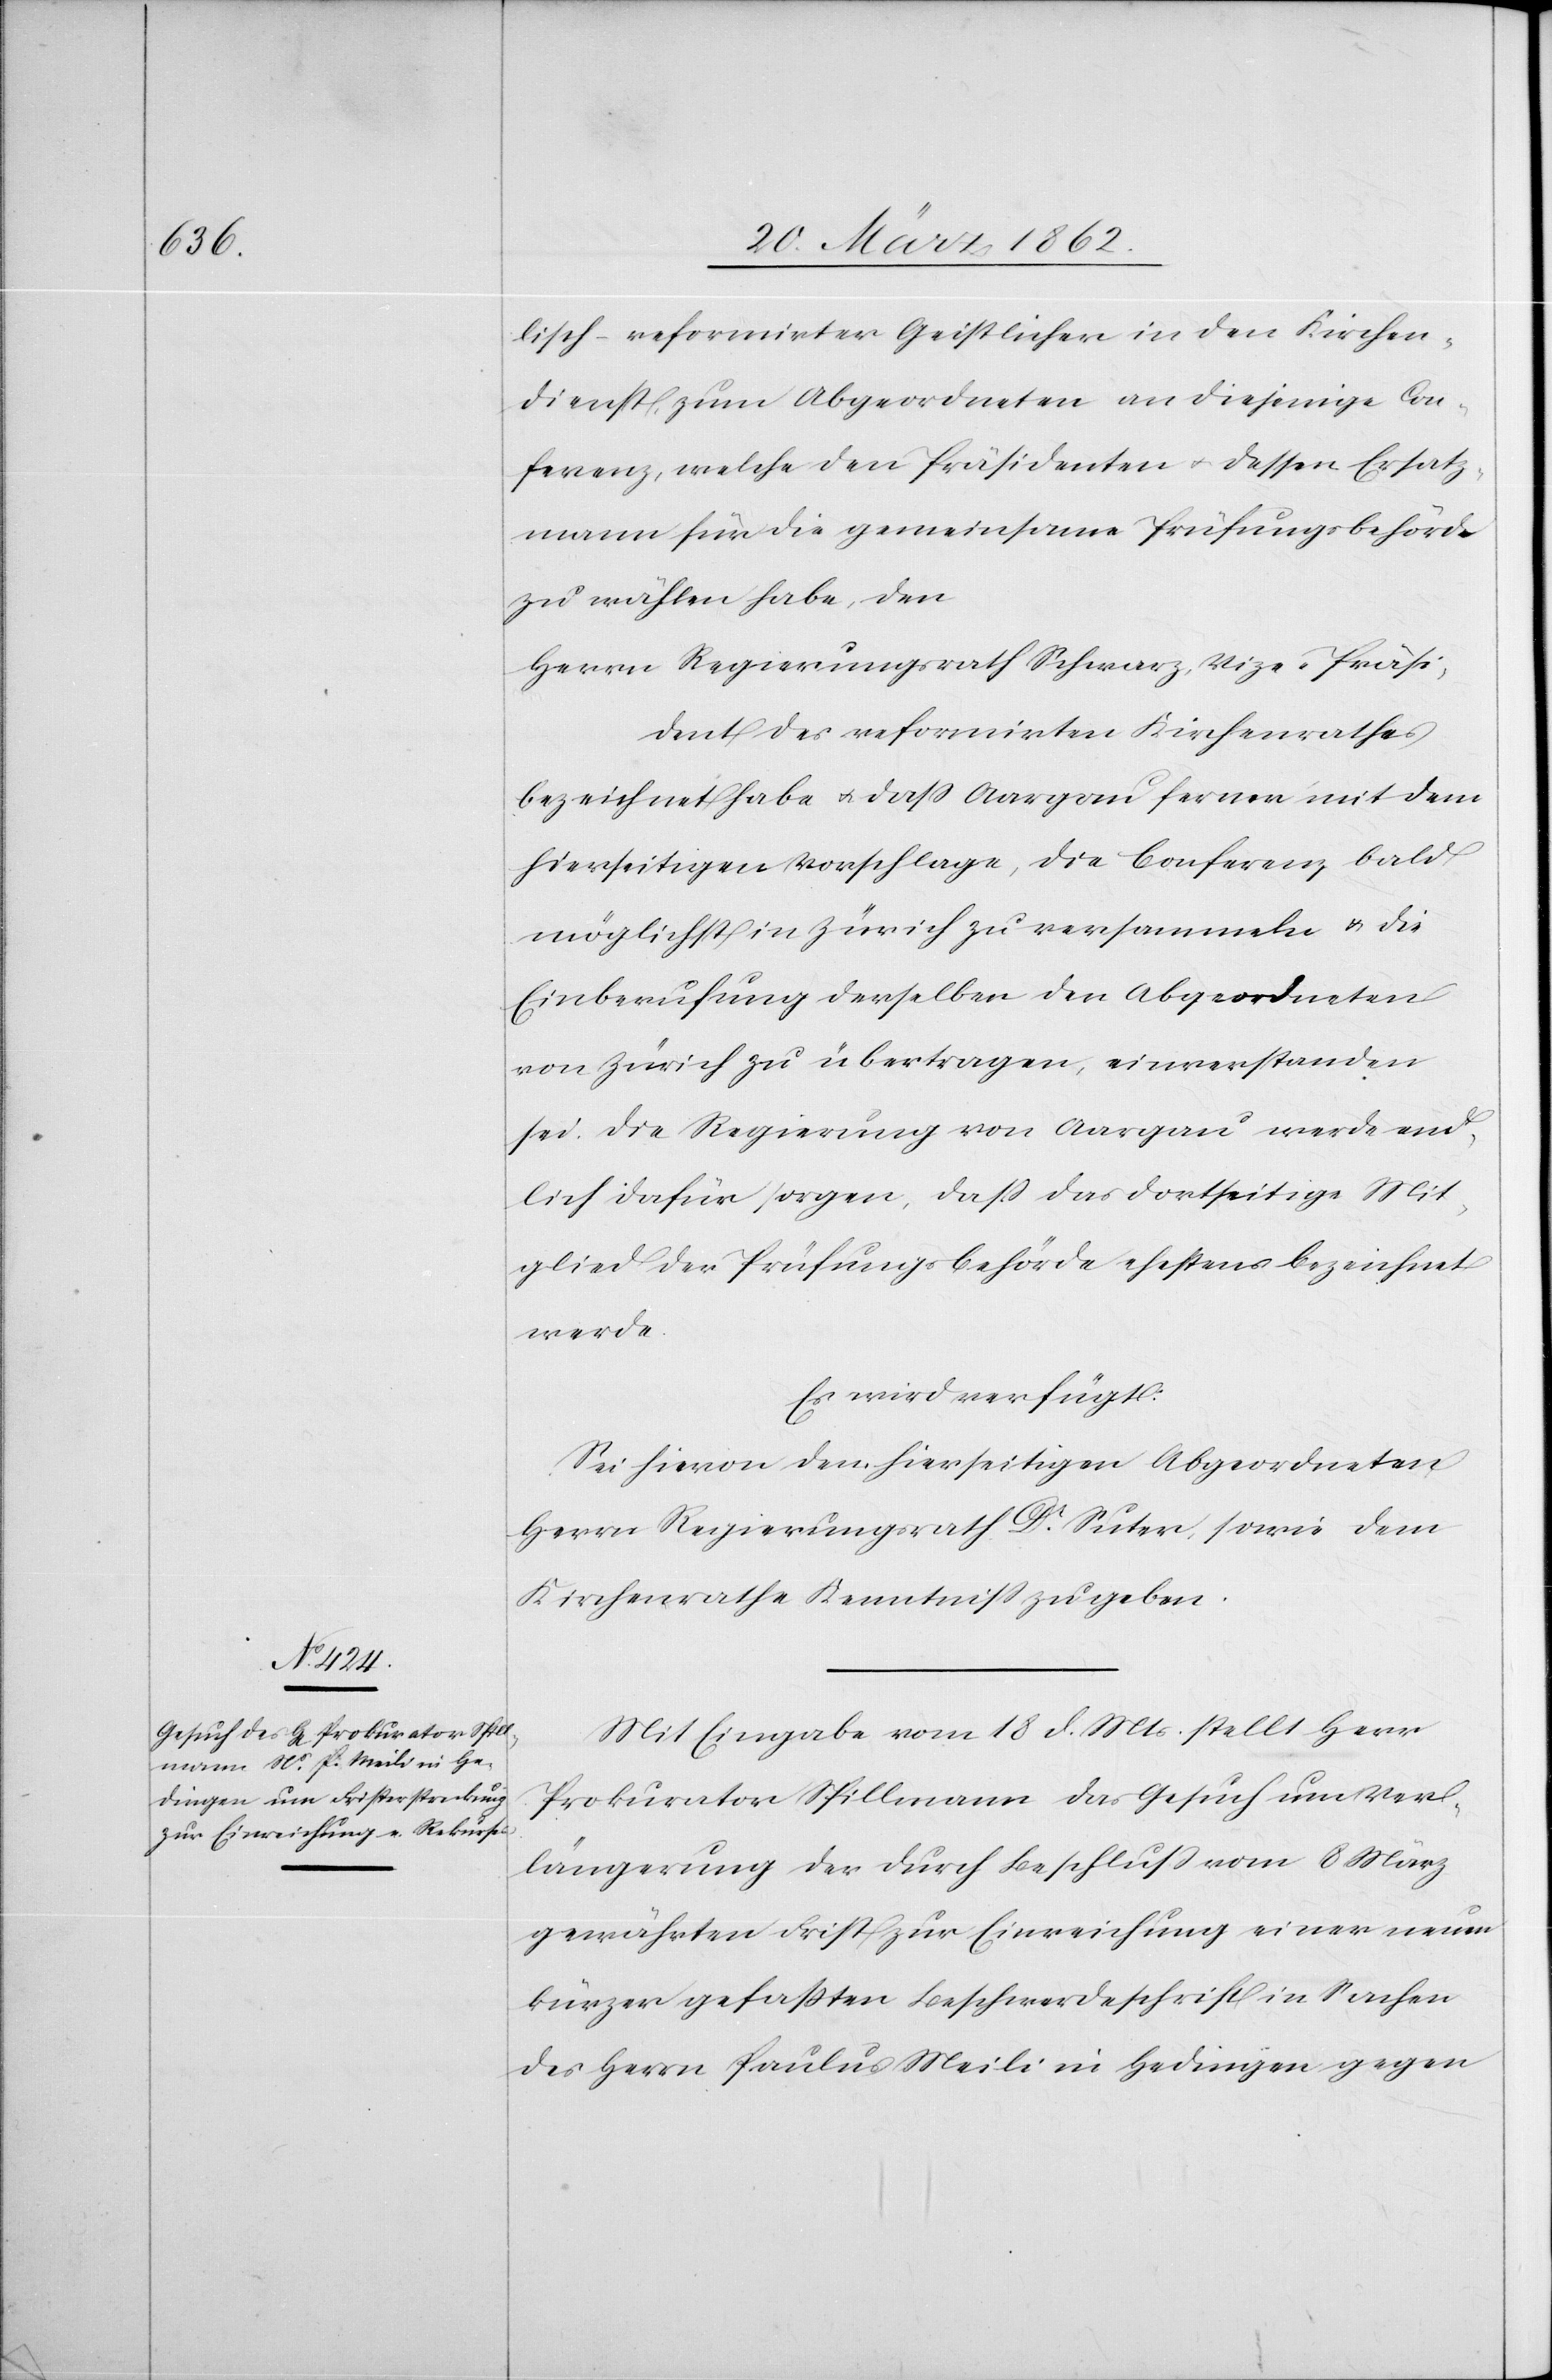
lisch-reformirter Geistlicher in den Kirchen¬
dienst, zum Abgeordneten an diejenige Con¬
ferenz, welche den Präsidenten u. dessen Ersatz¬
mann für die gemeinsame Prüfungsbehörde
zu wählen habe, den
Herrn Regierungsrath Schwarz, Vize-Präsi¬
dent des reformirten Kirchenrathes
bezeichnet habe u. daß Aargau ferner mit dem
hierseitigen Vorschlage, die Conferenz bald
möglichst in Zürich zu versammeln & die
Einberufung derselben den Abgeordneten
von Zürich zu übertragen, einverstanden
sei. Die Regierung von Aargau werde end¬
lich dafür sorgen, daß das dortseitige Mit¬
glied der Prüfungsbehörde ehestens bezeichnet
werde.
Es wird verfügt:
Sei hievon den hierseitigen Abgeordneten
Herrn Regierungsrath Dr. Suter, sowie dem
Kirchenrathe Kenntniß zu geben.
Mit Eingabe vom 18 d. Mts. stellt Herr
Prokurator Spillmann das Gesuch um Ver¬
längerung der durch Beschluß vom 8 März
gewährten Frist zur Einreichung einer neuen
kürzer gefaßten Beschwerdeschrift in Sachen
des Herrn Paulus Meili in Hedingen gegen